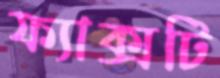
ফ্যাক্সটি